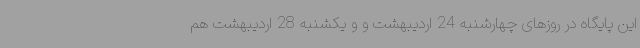
این پایگاه در روزهای چهارشنبه 24 اردیبهشت و و یکشنبه 28 اردیبهشت هم